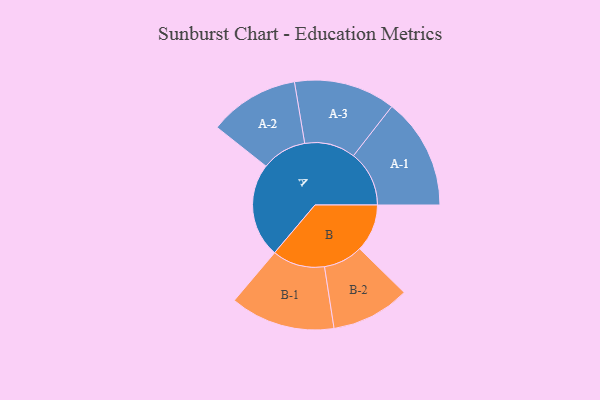
{"axis": {"x": "Segment", "y": "Value"}, "legend": ["", "A", "B"], "data": [{"x": "A", "y": 496, "type": ""}, {"x": "B", "y": 250, "type": ""}, {"x": "A-1", "y": 293, "type": "A"}, {"x": "A-2", "y": 237, "type": "A"}, {"x": "A-3", "y": 267, "type": "A"}, {"x": "B-1", "y": 276, "type": "B"}, {"x": "B-2", "y": 207, "type": "B"}]}